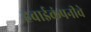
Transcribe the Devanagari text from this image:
हवाईकंपनीचे